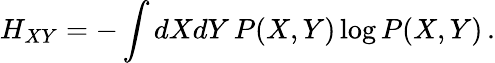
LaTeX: H_{XY}=-\int dXdY\, P(X,Y)\log P(X,Y)\, .